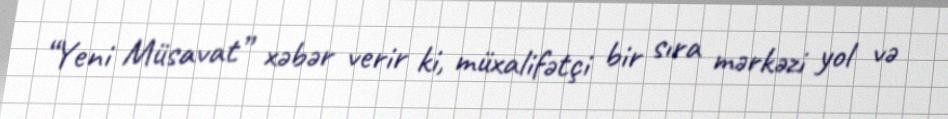
“Yeni Müsavat” xəbər verir ki, müxalifətçi bir sıra mərkəzi yol və